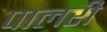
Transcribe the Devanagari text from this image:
पालरी